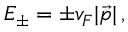
E _ { \pm } = \pm v _ { F } | \vec { p } | \, ,